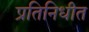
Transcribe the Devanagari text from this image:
प्रतिनिधीत